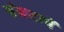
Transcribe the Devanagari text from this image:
संकटाचें